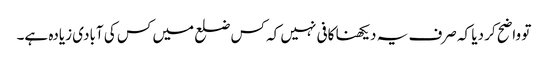
تو واضح کر دیا کہ صرف یہ دیکھنا کافی نہیں کہ کس ضلع میں کس کی آبادی زیادہ ہے۔